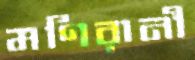
মণিরানী